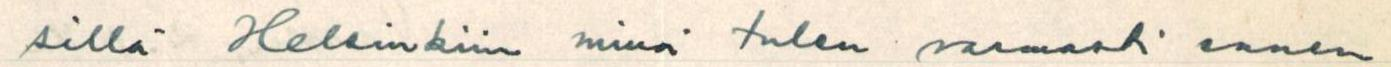
sillä Helsinkiin minä tulen varmasti ennen